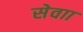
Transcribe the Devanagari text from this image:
सेवाा